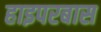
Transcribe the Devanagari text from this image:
हाइपरबास